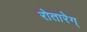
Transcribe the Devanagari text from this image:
रोतारेग्